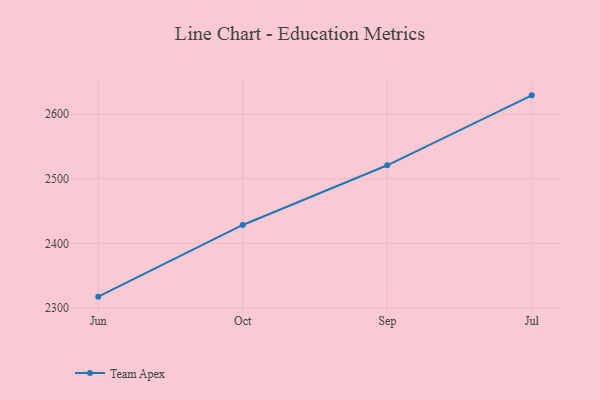
{"axis": {"x": "Month", "y": "Customer Acquisition Cost (USD)"}, "legend": ["Team Apex"], "data": [{"x": "Jun", "y": 2317.7, "type": "Team Apex"}, {"x": "Oct", "y": 2428.6, "type": "Team Apex"}, {"x": "Sep", "y": 2520.9, "type": "Team Apex"}, {"x": "Jul", "y": 2629.1, "type": "Team Apex"}]}